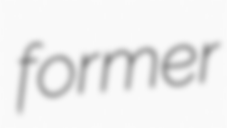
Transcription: former